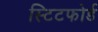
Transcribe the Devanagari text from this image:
स्टिटफोर्ड